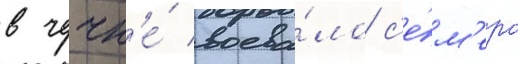
в чечн'е́ воева́ло с'е́м'еро